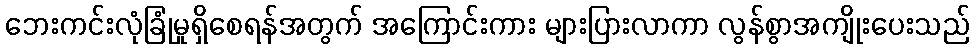
ဘေးကင်းလုံခြုံမှုရှိစေရန်အတွက် အကြောင်းကား များပြားလာကာ လွန်စွာအကျိုးပေးသည်